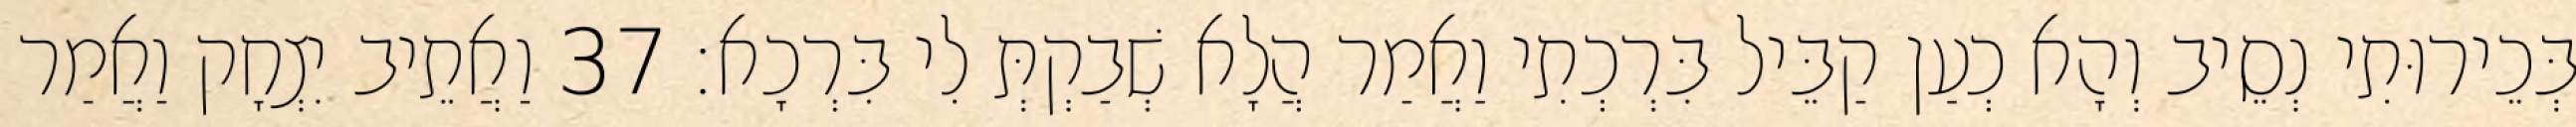
בְּכֵירוּתִי נְסֵיב וְהָא כְעַן קַבֵּיל בִּרְכְתִי וַאֲמַר הֲלָא שְׁבַקְתְּ לִי בִּרְכָא׃ 37 וַאֲתֵיב יִצְחָק וַאֲמַר